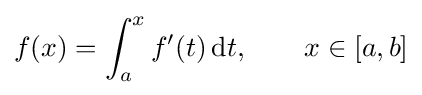
f(x)=\int _{a}^{x}f'(t)\,\mathrm {d} t,\qquad x\in [a,b]